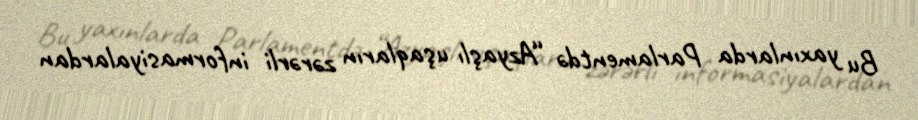
Bu yaxınlarda Parlamentdə “Azyaşlı uşaqların zərərli informasiyalardan